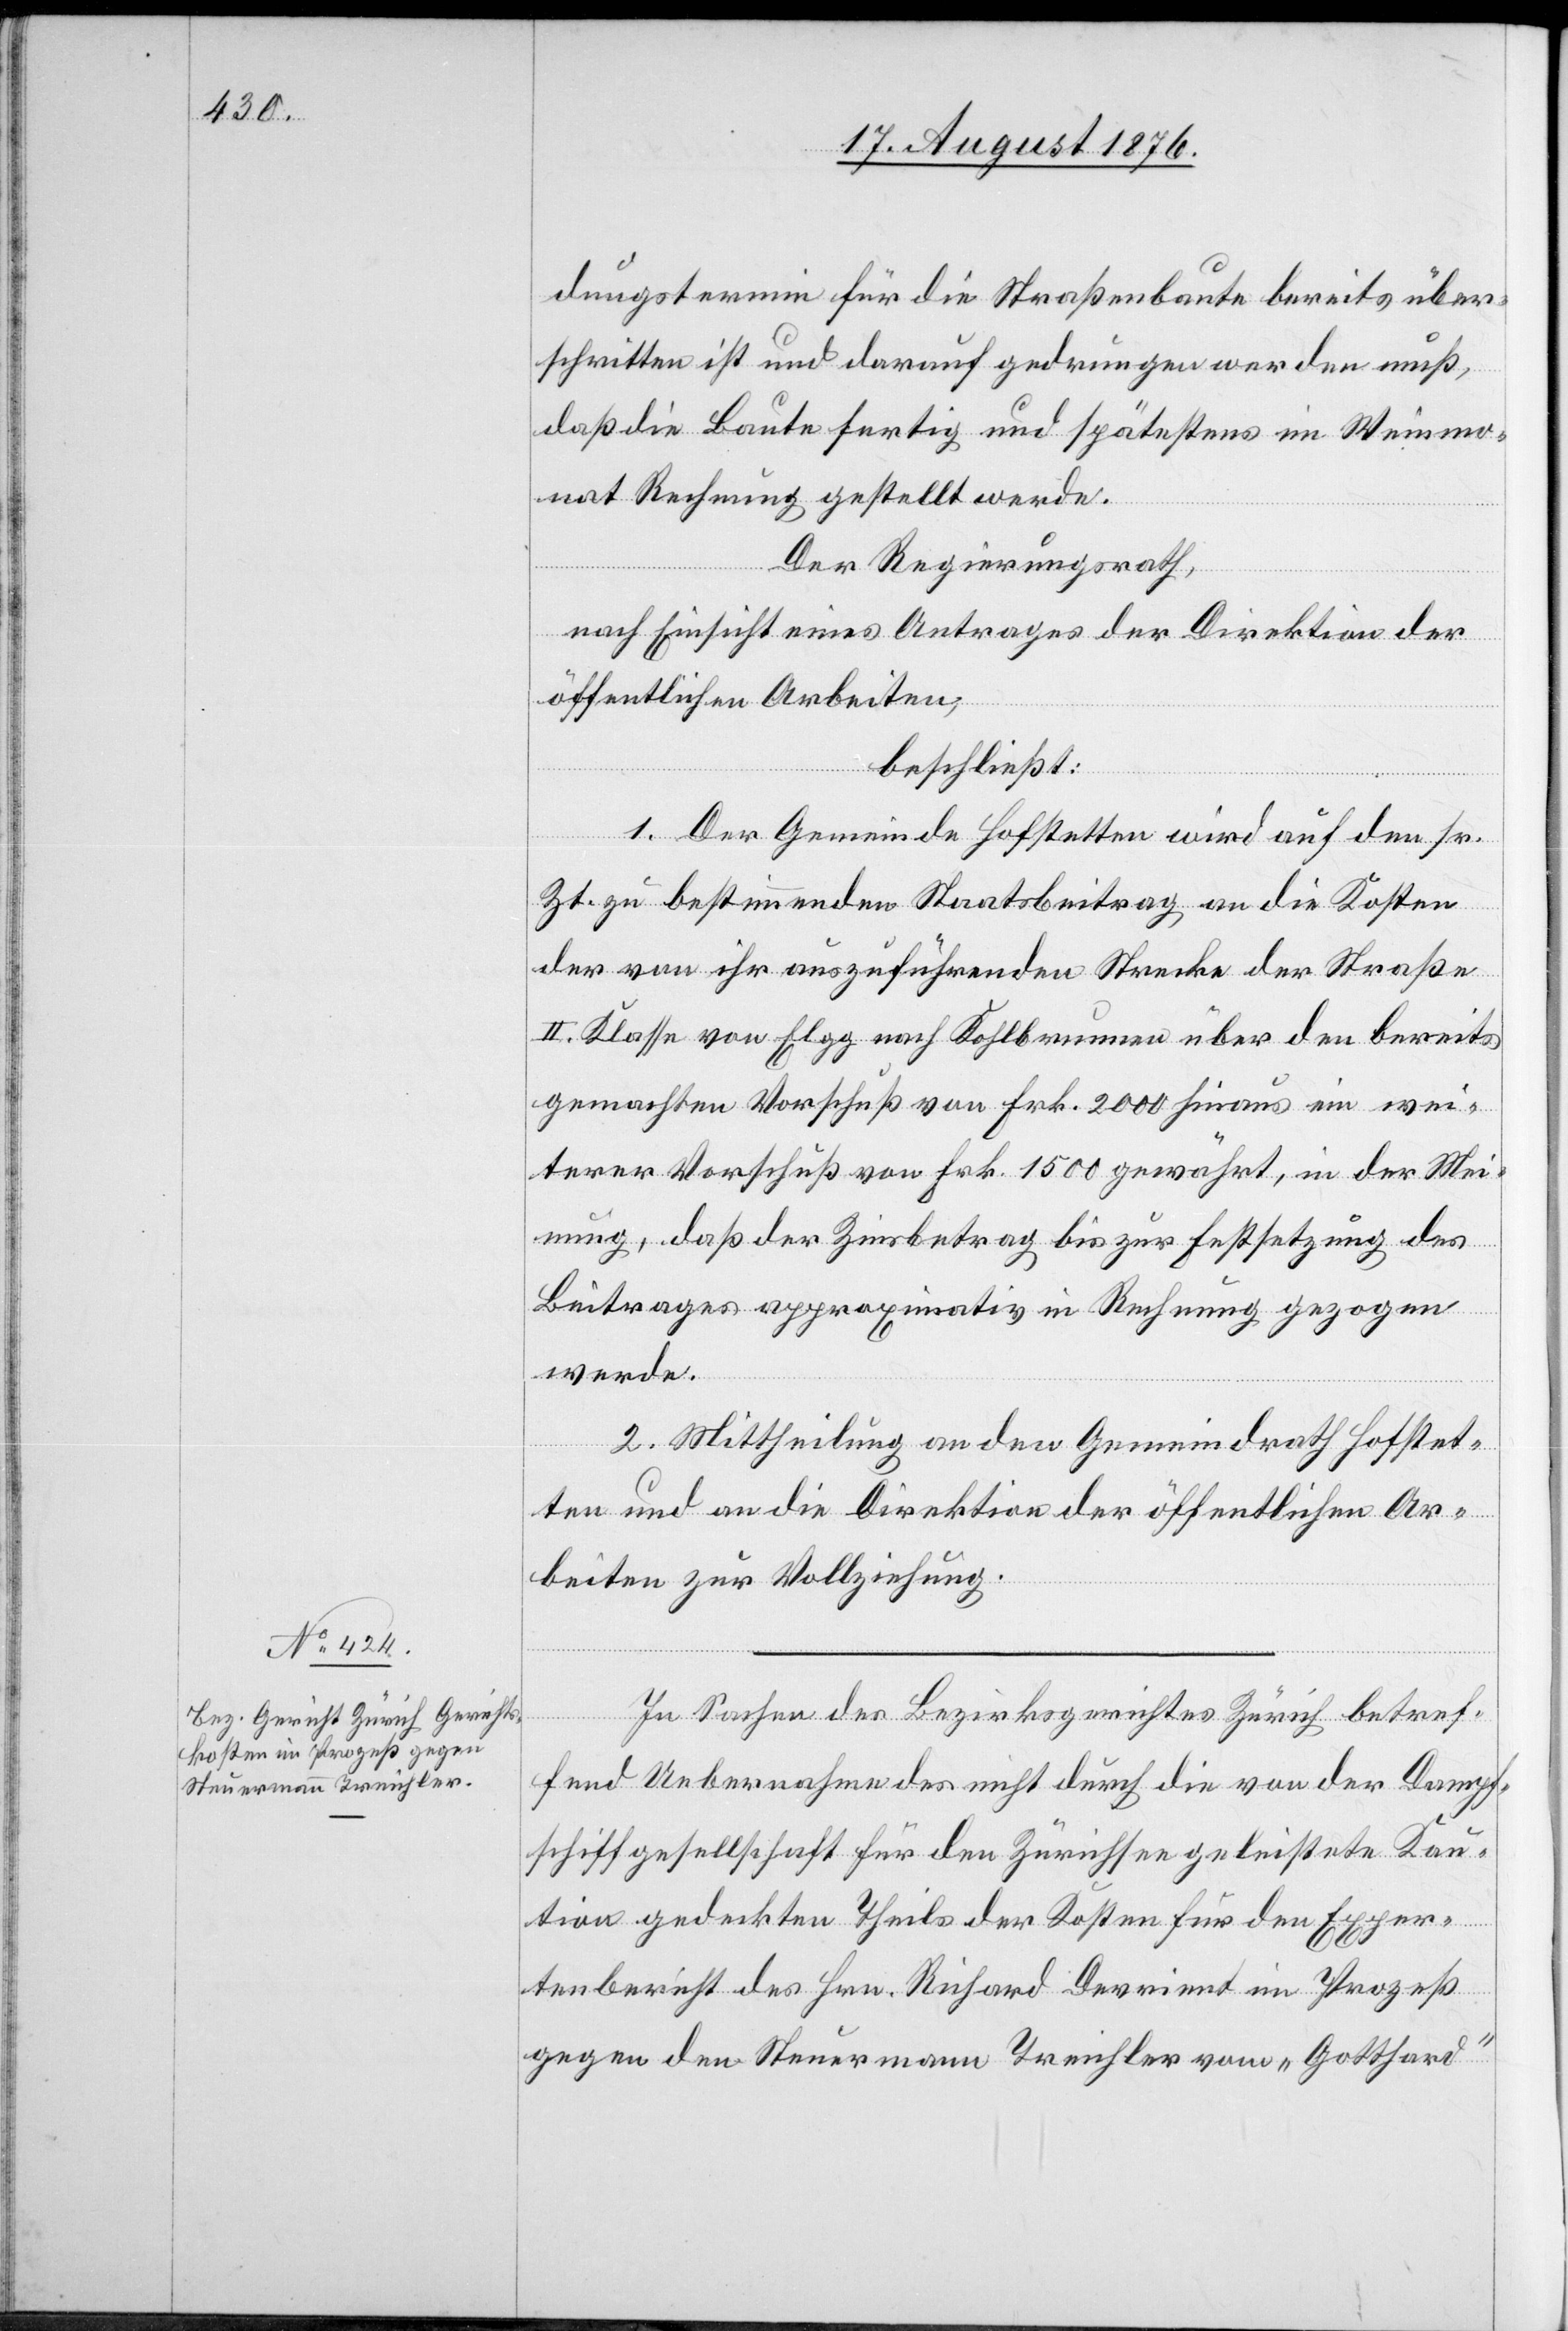
dungstermin für die Straßenbaute bereits über¬
schritten ist und darauf gedrungen werden muß,
daß die Baute fertig und spätestens im Weinmo¬
nat Rechnung gestellt werde.
Der Regierungsrath,
nach Einsicht eines Antrages der Direktion der
öffentlichen Arbeiten,
beschließt:
1. Der Gemeinde Hofstetten wird auf den sr.
Zt. bestimmenden Staatsbeitrag an die Kosten
der von ihr auszuführenden Strecke der Straße
II. Klasse von Elgg nach Kohlbrunnen über den bereits
gemachten Vorschuß von Frk. 2000 hinaus ein wei¬
terer Vorschuß von Frk. 1500 gewährt, in der Mei¬
nung, daß der Zinsbetrag bis zur Festsetzung des
Beitrages approximativ in Rechnung gezogen
werde
2. Mittheilung an den Gemeindrath Hofstet¬
ten und an die Direktion der öffentlichen Ar¬
beiten zur Vollziehung.
In Sachen der Bezirksrathes Zürich betref¬
fend Uebernahme des nicht durch die von der Dampf¬
schiffgesellschaft für den Zürichsee geleistete Kau¬
tion gedeckten Theils der Kosten für den Exper¬
tenbericht des Hrn. Richard Devrient im Prozeß
gegen den Steuermann Treichler vom „Gotthard“